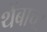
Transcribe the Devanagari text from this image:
थेंबाचा